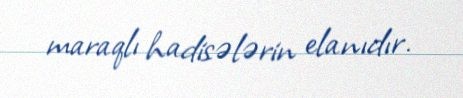
maraqlı hadisələrin elanıdır.